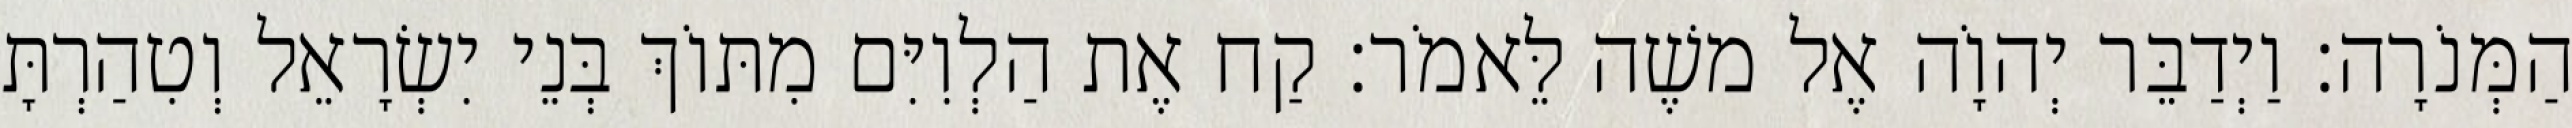
הַמְּנֹרָה׃ וַיְדַבֵּר יְהוָֹה אֶל משֶׁה לֵּאמֹר׃ קַח אֶת הַלְוִיִּם מִתּוֹךְ בְּנֵי יִשְׂרָאֵל וְטִהַרְתָּ